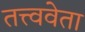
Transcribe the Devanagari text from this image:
तत्त्ववेता